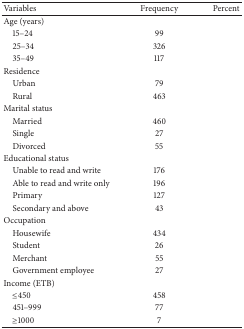
<table><thead><tr><td><b>Variables</b></td><td><b>Frequency</b></td><td><b>Percent</b></td></tr></thead><tbody><tr><td>Age (years)</td><td>[EMPTY_CELL]</td><td>[EMPTY_CELL]</td></tr><tr><td> 15–24</td><td>99 </td><td>[EMPTY_CELL]</td></tr><tr><td> 25–34</td><td>326</td><td>[EMPTY_CELL]</td></tr><tr><td> 35–49</td><td>117</td><td>[EMPTY_CELL]</td></tr><tr><td>Residence</td><td>[EMPTY_CELL]</td><td>[EMPTY_CELL]</td></tr><tr><td> Urban</td><td>79</td><td>[EMPTY_CELL]</td></tr><tr><td> Rural</td><td>463</td><td>[EMPTY_CELL]</td></tr><tr><td>Marital status</td><td>[EMPTY_CELL]</td><td>[EMPTY_CELL]</td></tr><tr><td> Married </td><td>460</td><td>[EMPTY_CELL]</td></tr><tr><td> Single</td><td>27</td><td>[EMPTY_CELL]</td></tr><tr><td> Divorced</td><td>55</td><td>[EMPTY_CELL]</td></tr><tr><td>Educational status</td><td>[EMPTY_CELL]</td><td>[EMPTY_CELL]</td></tr><tr><td> Unable to read and write </td><td>176</td><td>[EMPTY_CELL]</td></tr><tr><td> Able to read and write only</td><td>196</td><td>[EMPTY_CELL]</td></tr><tr><td> Primary</td><td>127</td><td>[EMPTY_CELL]</td></tr><tr><td> Secondary and above</td><td>43</td><td>[EMPTY_CELL]</td></tr><tr><td>Occupation</td><td>[EMPTY_CELL]</td><td>[EMPTY_CELL]</td></tr><tr><td> Housewife</td><td>434</td><td>[EMPTY_CELL]</td></tr><tr><td> Student</td><td>26</td><td>[EMPTY_CELL]</td></tr><tr><td> Merchant</td><td>55</td><td>[EMPTY_CELL]</td></tr><tr><td> Government employee</td><td>27</td><td>[EMPTY_CELL]</td></tr><tr><td>Income (ETB)</td><td>[EMPTY_CELL]</td><td>[EMPTY_CELL]</td></tr><tr><td> ≤450</td><td>458</td><td>[EMPTY_CELL]</td></tr><tr><td> 451–999</td><td>77</td><td>[EMPTY_CELL]</td></tr><tr><td> ≥1000</td><td>7</td><td>[EMPTY_CELL]</td></tr></tbody></table>